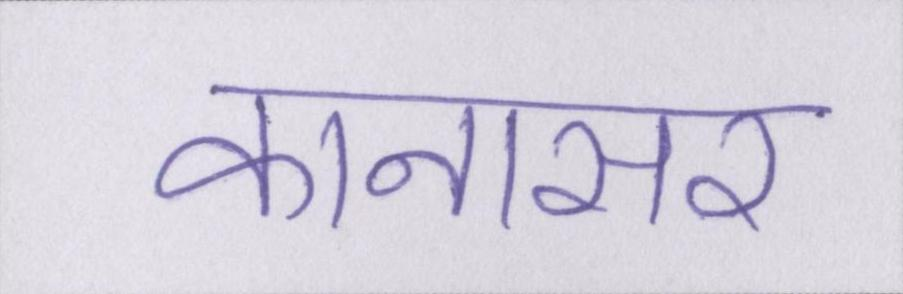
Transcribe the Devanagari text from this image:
कानासर